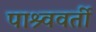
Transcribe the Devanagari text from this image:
पाश्र्ववर्ती